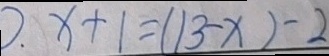
x + 1 = ( 1 3 - x ) - 2